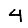
Digit: 4